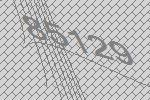
85129